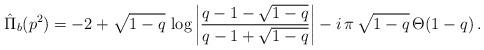
LaTeX: \begin{align*}\hat{\Pi}_{b}(p^2)=-2+\sqrt{1-q}\,\log\left|\frac{q-1-\sqrt{1-q}}{q-1+\sqrt{1-q}}\right| -i\,\pi\,\sqrt{1-q}\,\Theta(1-q)\,.\end{align*}